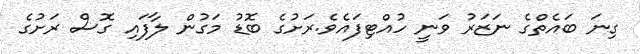
ގިނަ ބައެތްގެ ނަޒަރު ވަނީ ހުއްޓިފައެވެ.ރަށުގެ ބޮޑު މަގުން ލާފައި ގޮސް ރަށުގެ